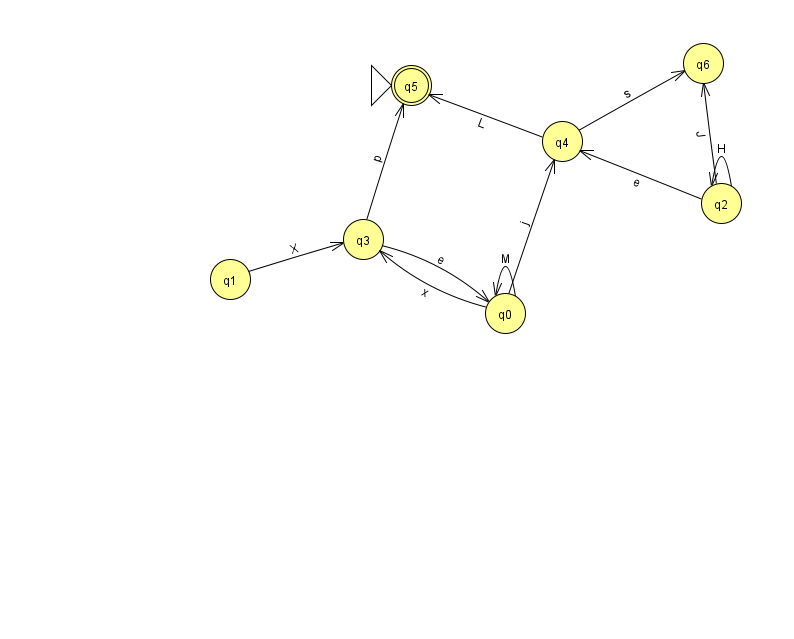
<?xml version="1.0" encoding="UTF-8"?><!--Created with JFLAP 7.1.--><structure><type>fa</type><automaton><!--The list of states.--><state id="0" name="q0"><x>505.0</x><y>300.0</y></state><state id="1" name="q1"><x>230.0</x><y>266.0</y></state><state id="2" name="q2"><x>721.0</x><y>190.0</y></state><state id="3" name="q3"><x>363.0</x><y>226.0</y></state><state id="4" name="q4"><x>562.0</x><y>128.0</y></state><state id="5" name="q5"><x>411.0</x><y>72.0</y><initial/><final/></state><state id="6" name="q6"><x>703.0</x><y>50.0</y></state><!--The list of transitions.--><transition><from>3</from><to>0</to><read>e</read></transition><transition><from>2</from><to>4</to><read>e</read></transition><transition><from>3</from><to>5</to><read>p</read></transition><transition><from>0</from><to>4</to><read>j</read></transition><transition><from>4</from><to>5</to><read>L</read></transition><transition><from>4</from><to>6</to><read>s</read></transition><transition><from>2</from><to>2</to><read>H</read></transition><transition><from>1</from><to>3</to><read>X</read></transition><transition><from>2</from><to>6</to><read>J</read></transition><transition><from>0</from><to>0</to><read>M</read></transition><transition><from>0</from><to>3</to><read>x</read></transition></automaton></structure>